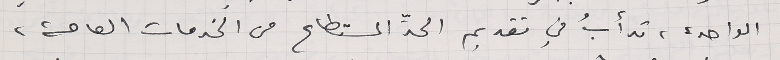
الواحدة، تدأبُ في تقديم الحدِّ المستطاع من الخدمات العامة،